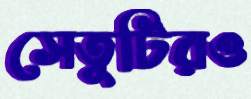
সেতুটিরও